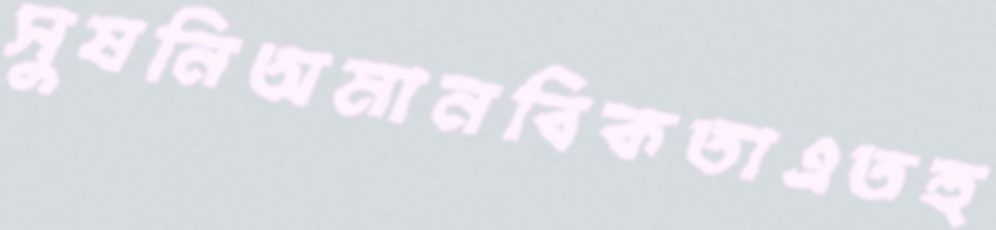
সুষনিঅমানবিকতাএতহু